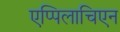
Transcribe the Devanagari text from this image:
एप्पिलाचिएन